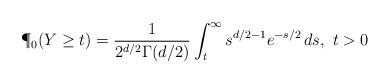
LaTeX: \begin{align*}\P_0(Y\geq t)=\frac{1}{2^{d/2}\Gamma(d/2)}\int_t^\infty s^{d/2-1}e^{-s/2}\,ds,\ t>0\end{align*}